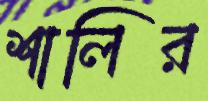
শালির